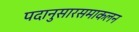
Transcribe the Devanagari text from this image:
पदानुसारसमाकलन